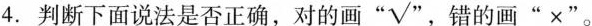
4. 判断下面说法是否正确，对的画 “√”，错的画“×”。